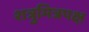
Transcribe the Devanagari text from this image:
शत्रुमित्रपक्ष